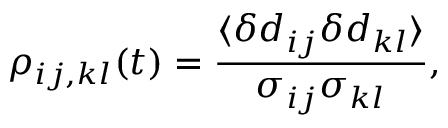
\rho _ { i j , k l } ( t ) = \frac { \langle \delta d _ { i j } \delta d _ { k l } \rangle } { \sigma _ { i j } \sigma _ { k l } } ,